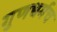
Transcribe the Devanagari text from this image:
गुणधर्मच